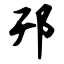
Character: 邗